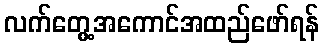
လက်တွေ့အကောင်အထည်ဖော်ရန်